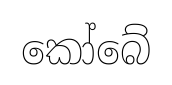
කෝබේ